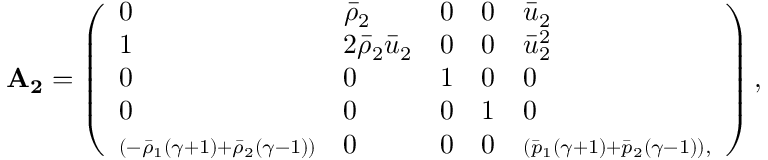
\mathbf { A _ { 2 } } = \left( \begin{array} { l l l l l } { 0 } & { \bar { \rho } _ { 2 } } & { 0 } & { 0 } & { \bar { u } _ { 2 } } \\ { 1 } & { 2 \bar { \rho } _ { 2 } \bar { u } _ { 2 } } & { 0 } & { 0 } & { \bar { u } _ { 2 } ^ { 2 } } \\ { 0 } & { 0 } & { 1 } & { 0 } & { 0 } \\ { 0 } & { 0 } & { 0 } & { 1 } & { 0 } \\ { \scriptstyle \left( - \bar { \rho } _ { 1 } ( \gamma + 1 ) + \bar { \rho } _ { 2 } ( \gamma - 1 ) \right) } & { 0 } & { 0 } & { 0 } & { \scriptstyle \left( \bar { p } _ { 1 } ( \gamma + 1 ) + \bar { p } _ { 2 } ( \gamma - 1 ) \right) , } \end{array} \right) ,